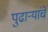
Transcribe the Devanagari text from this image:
पुढाऱ्यांचे